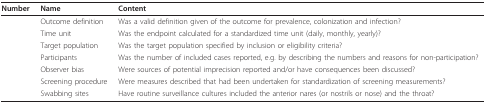
<table><thead><tr><td><b>Number</b></td><td><b>Name</b></td><td><b>Content</b></td></tr></thead><tbody><tr><td>[EMPTY_CELL]</td><td>Outcome definition</td><td>Was a valid definition given of the outcome for prevalence, colonization and infection?</td></tr><tr><td>[EMPTY_CELL]</td><td>Time unit</td><td>Was the endpoint calculated for a standardized time unit (daily, monthly, yearly)?</td></tr><tr><td>[EMPTY_CELL]</td><td>Target population</td><td>Was the target population specified by inclusion or eligibility criteria?</td></tr><tr><td>[EMPTY_CELL]</td><td>Participants</td><td>Was the number of included cases reported, e.g. by describing the numbers and reasons for non-participation?</td></tr><tr><td>[EMPTY_CELL]</td><td>Observer bias</td><td>Were sources of potential imprecision reported and/or have consequences been discussed?</td></tr><tr><td>[EMPTY_CELL]</td><td>Screening procedure</td><td>Were measures described that had been undertaken for standardization of screening measurements?</td></tr><tr><td>[EMPTY_CELL]</td><td>Swabbing sites</td><td>Have routine surveillance cultures included the anterior nares (or nostrils or nose) and the throat?</td></tr></tbody></table>